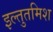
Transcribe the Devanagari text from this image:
इल्‍तुतमिश